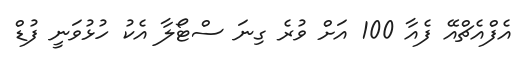
އެފްއެޗްއޭ ފެއާ 100 އަށް ވުރެ ގިނަ ސްޓޯލާ އެކު ހުޅުވަނީ ފުޑް